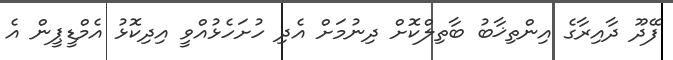
ފޭދޫ ދާއިރާގެ އިންތިޚާބު ބާތިލްކޮށް ދިނުމަށް އެދި ހުށަހެޅުއްވީ އިދިކޮޅު އެމްޑީޕީން އެ